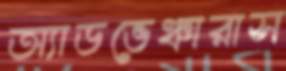
অ্যাডভেঞ্চারাস